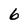
Character: 6